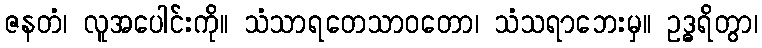
ဇနတံ၊ လူအပေါင်းကို။ သံသာရတေသာဝတော၊ သံသရာဘေးမှ။ ဥဒ္ဓရိတွာ၊